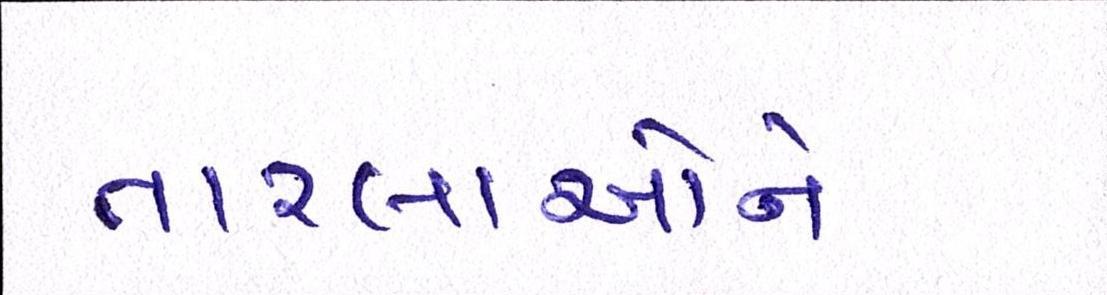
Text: તારલાઓને